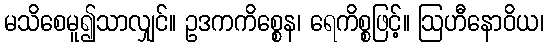
မသိစေမူ၍သာလျှင်။ ဥဒကကိစ္စေန၊ ရေကိစ္စဖြင့်။ ဩဟီနောဝိယ၊